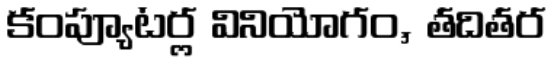
కంప్యూటర్ల వినియోగం, తదితర